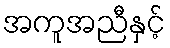
အကူအညီနှင့်